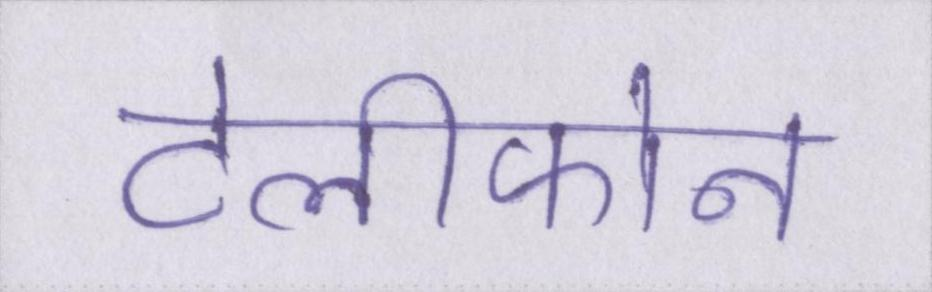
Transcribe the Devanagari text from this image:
टेलीफोन